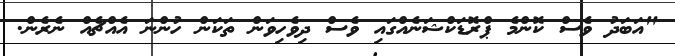
"އަބަދު ވެސް ކޮންމެ ޕްރޮޑަކްޝަނެއްގައި ވެސް ދިވެހިވަން ތަކަން ހުންނަ އެއްޗެއް ނެރެން.